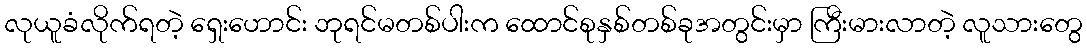
လုယူခံလိုက်ရတဲ့ ရှေးဟောင်း ဘုရင်မတစ်ပါးက ထောင်စုနှစ်တစ်ခုအတွင်းမှာ ကြီးမားလာတဲ့ လူသားတွေ